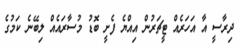
ދިރާސީ އާ އަހަރެއް ޓީޗަރުން އިއްޔެ ފެށީ ބޮޑު މުސާރައެއް ލިބޭނެ ކަމުގެ